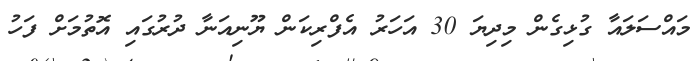
މައްސަލައާ ގުޅިގެން މިދިޔަ 30 އަހަރު އެފްރިކަން ޔޫނިއަނާ ދުރުގައި އޮތުމަށް ފަހު